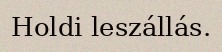
Holdi leszállás.